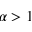
\alpha > 1